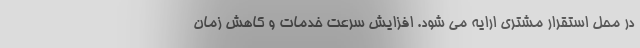
در محل استقرار مشتری ارایه می شود. افزایش سرعت خدمات و کاهش زمان